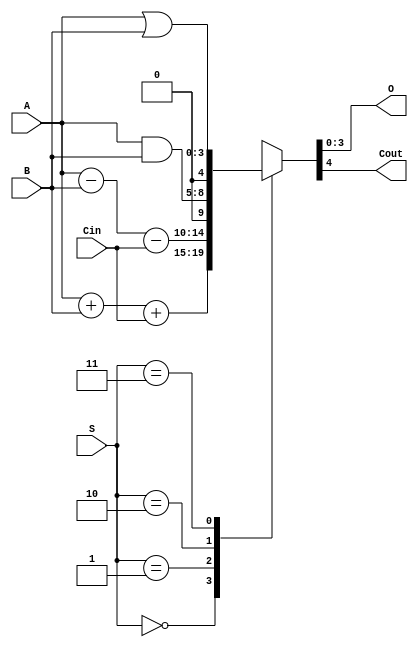
module alu ( A, B, Cin, S, O, Cout);
  input [3:0] A,B;
  input Cin;
  input [1:0]S;
  reg [4:0] Y;
  output reg [3:0] O;
  output reg Cout;
  always @(A,B,Cin,S) begin
    // case for the given selector variable
    case(S)
    // addn
      0 : Y = A + B + Cin; 
      // sub
      1 : Y = A - B - Cin; 
      // bitwise and
      2 : Y = A & B; 
      // bitwise or 
      3 : Y = A | B; 
    endcase
    // assigining output to Cout and O
    {Cout, O} = Y;
  end
endmodule